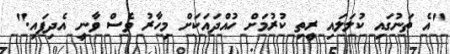
"އެ ތަނުގައި ކުލަލައި ރީތި ކުރުމަށް ހުއްދައަކަށް މިހާރު ވެސް ވާނީ އެދިފައި."